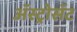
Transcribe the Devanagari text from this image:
अॅस्ट्रोसॅट